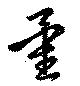
量